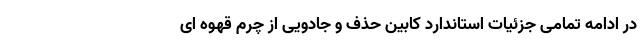
در ادامه تمامی جزئیات استاندارد کابین حذف و جادویی از چرم قهوه ای